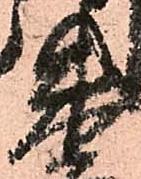
朱